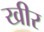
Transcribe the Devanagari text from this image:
खीर